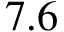
7 . 6